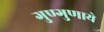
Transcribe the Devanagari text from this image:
गुण्गुणाये